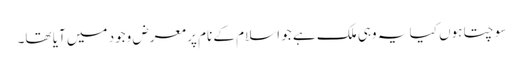
سوچتا ہوں کیا یہ وہی ملک ہے جو اسلام کے نام پر معرض وجود میں آیا تھا۔